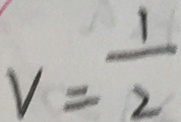
V = \frac { 1 } { 2 }